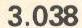
3.038